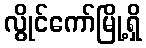
လွိုင်ကော်မြို့ရှိ